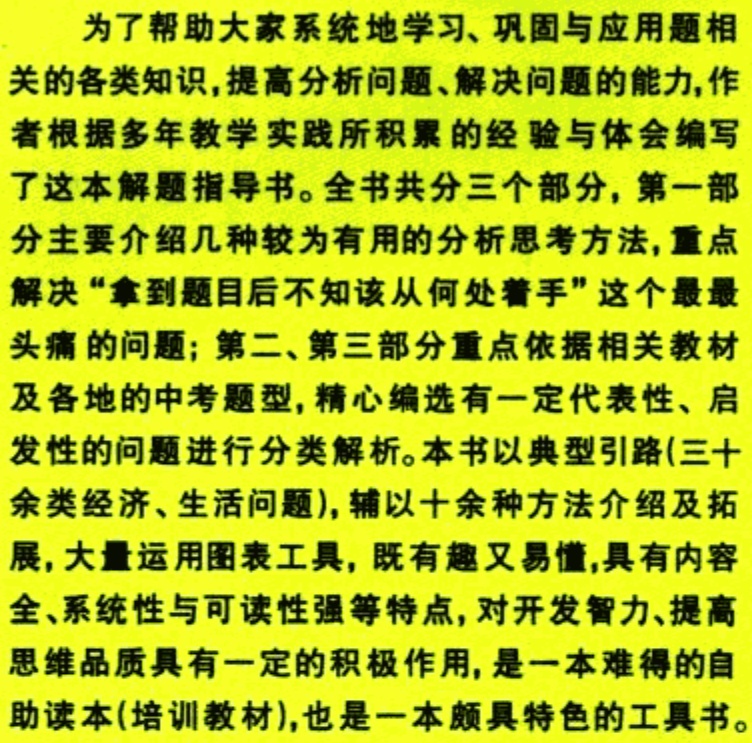
为了帮助大家系统地学习、巩固与应用题相

关的各类知识,提高分析问题、解决问题的能力,作

者根据多年教学实践所积累的经验与体会编写

了这本解题指导书。全书共分三个部分，第一部

分主要介绍几种较为有用的分析思考方法, 重点

解决 “拿到题目后不知该从何处着手” 这个最最

头痛的问题；第二、第三部分重点依据相关教材

及各地的中考题型,精心编选有一定代表性、启

发性的问题进行分类解析。本书以典型引路(三十

余类经济、生活问题),辅以十余种方法介绍及拓

展,大量运用图表工具,既有趣又易懂,具有内容

全、系统性与可读性强等特点,对开发智力、提高

思维品质具有一定的积极作用,是一本难得的自

助读本(培训教材),也是一本颇具特色的工具书。